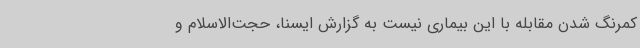
کمرنگ شدن مقابله با این بیماری نیست به گزارش ایسنا، حجت‌الاسلام و